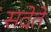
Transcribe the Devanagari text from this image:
सदेते